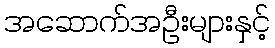
အဆောက်အဦးများနှင့်